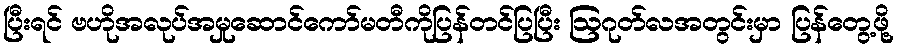
ပြီးရင် ဗဟိုအလုပ်အမှုဆောင်ကော်မတီကိုပြန်တင်ပြပြီး ဩဂုတ်လအတွင်းမှာ ပြန်တွေ့ဖို့